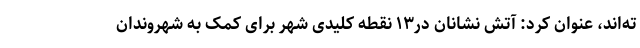
ته‌اند، عنوان کرد: آتش نشانان در١٣ نقطه کلیدی شهر برای کمک به شهروندان